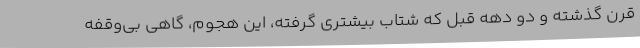
قرن گذشته و دو دهه قبل که شتاب بیشتری گرفته، این هجوم، گاهی بی‌وقفه